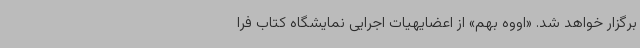
برگزار خواهد شد. «اووه بهم» از اعضایهیات اجرایی نمایشگاه کتاب فرا